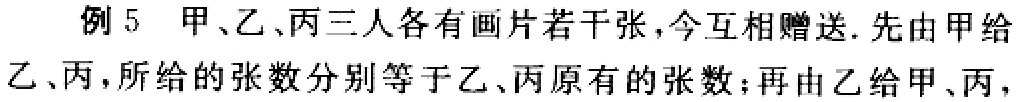
例5 甲、乙、丙三人各有画片若干张，今互相赠送. 先由甲给乙、丙，所给的张数分别等于乙、丙原有的张数；再由乙给甲、丙，